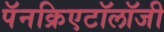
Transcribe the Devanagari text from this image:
पॅनक्रिएटॉलॉजी